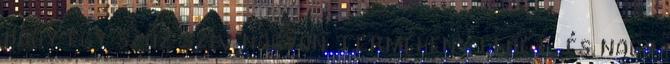
hogy egy szűz szív nagyon termékeny lehet, és nagy